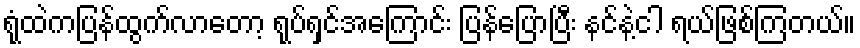
ရုံထဲကပြန်ထွက်လာတော့ ရုပ်ရှင်အကြောင်း ပြန်ပြောပြီး နင်နဲ့ငါ ရယ်ဖြစ်ကြတယ်။